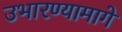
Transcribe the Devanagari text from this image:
उभारण्यामागे